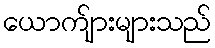
ယောက်ျားများသည်